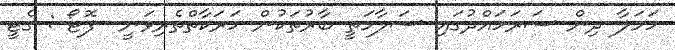
ހަމަލާ ދިން ސަރަހައްދުގައި ސަލާމަތީ ބާރުތަކުން ހަރަކާތްތެރިވަނީ  ފޮޓޯ : ގެޓީ